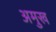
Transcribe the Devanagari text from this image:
अमुख